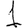
Digit: 1